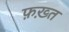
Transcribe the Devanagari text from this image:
फ़ख़्त